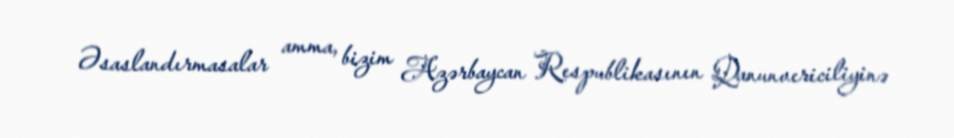
Əsaslandırmasalar amma, bizim Azərbaycan Respublikasının Qanunvericiliyinə